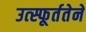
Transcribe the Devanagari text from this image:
उत्स्फूर्ततेने